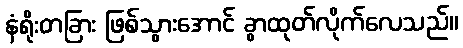
နံရိုးတခြား ဖြစ်သွားအောင် ခွာထုတ်လိုက်လေသည်။